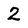
Character: 2